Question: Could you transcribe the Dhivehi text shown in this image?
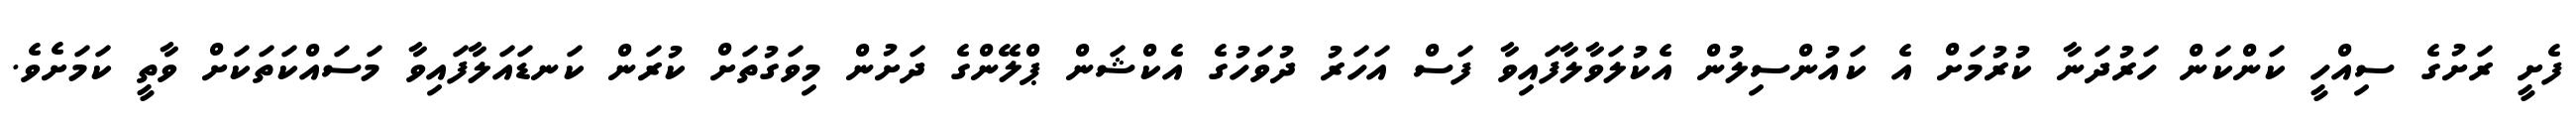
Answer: ފެށީ ރަށުގެ ސިއްހީ ކަންކަން ހަރުދަނާ ކުރުމަށް އެ ކައުންސިލުން އެކުލަވާލާފައިވާ ފަސް އަހަރު ދުވަހުގެ އެކްޝަން ޕްލޭންގެ ދަށުން މިވަގުތަށް ކުރަން ކަނޑައަލާފައިވާ މަސައްކަތަކަށް ވާތީ ކަމަށެވެ.